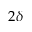
2 \delta